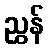
ညွှန်